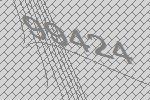
99424